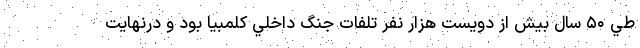
طي ۵۰ سال بيش از دويست هزار نفر تلفات جنگ داخلي كلمبيا بود و درنهايت